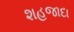
શહજાદા